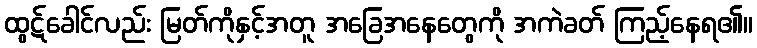
ထွဋ်ခေါင်လည်း မြတ်ကိုနှင့်အတူ အခြေအနေတွေကို အကဲခတ် ကြည့်နေရ၏။